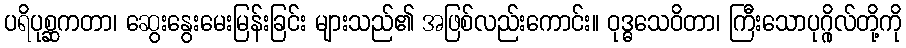
ပရိပုစ္ဆကတာ၊ ဆွေးနွေးမေးမြန်းခြင်း များသည်၏ အဖြစ်လည်းကောင်း။ ဝုဒ္ဓသေဝိတာ၊ ကြီးသောပုဂ္ဂိုလ်တို့ကို